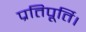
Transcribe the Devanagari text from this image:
प्रतिपूर्ति।